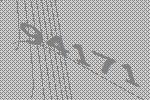
94171